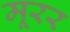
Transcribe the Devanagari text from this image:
मूरर